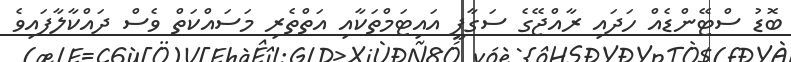
ބޮޑު ސްޓޭންޑެއް ހަދައި ރާއްޖޭގެ ސަގާފީ އައިޓަމްތަކާއި އަތްތެރި މަސައްކަތް ވެސް ދައްކާލާފައިވެ